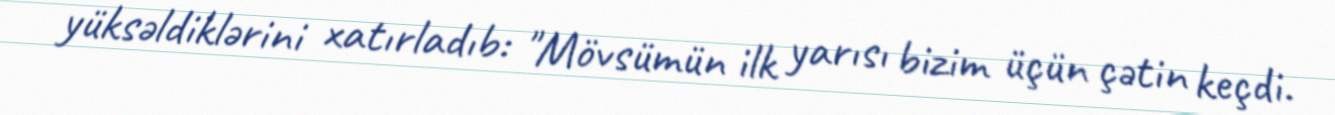
yüksəldiklərini xatırladıb: "Mövsümün ilk yarısı bizim üçün çətin keçdi.